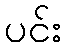
ပင်း